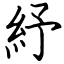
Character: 紓